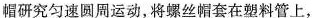
帽研究匀速圆周运动，将螺丝帽套在塑料管上，